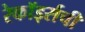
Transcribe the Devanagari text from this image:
रेकॉर्ड्सची